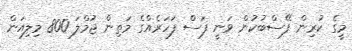
މީގެ ކުރިން ފޭސްބުކުން ވަނީ ފަސް ފަހަރެއްގެ މަތިން ޖުމްލަ 800 މިލިއަން